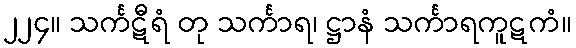
၂၂၄။ သင်္ကဋီရံ တု သင်္ကာရ၊ ဋ္ဌာနံ သင်္ကာရကူဋကံ။